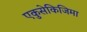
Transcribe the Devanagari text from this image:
एकुसेकिजिमा